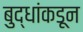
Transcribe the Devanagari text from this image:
बुद्धांकडून